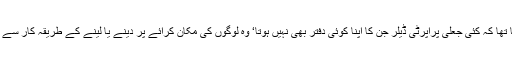
ابو ظہبی سے تعلق رکھنے والے ایک وکیل علی ال خواجہ کا کہنا تھا کہ کئی جعلی پراپرٹی ڈیلر جن کا اپنا کوئی دفتر بھی نہیں ہوتا‘ وہ لوگوں کی مکان کرائے پر دینے یا لینے کے طریقہ کار سے لاعلمی کا فائدہ اُٹھاتے ہوئے دھوکا دہی کا ارتکاب کر جاتے ہیں۔